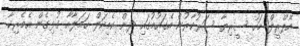
އޭޕްރީލް މަހު ސީރިޔާ ސަރުކާރުން އެގައުމުގައި ދިން ކެމިކަލް ހަމަލާއާ ގުޅިގެން އެމެރިކާ